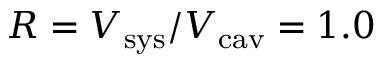
R = V _ { \mathrm { s y s } } / V _ { \mathrm { c a v } } = 1 . 0